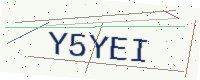
Text: Y5YEI